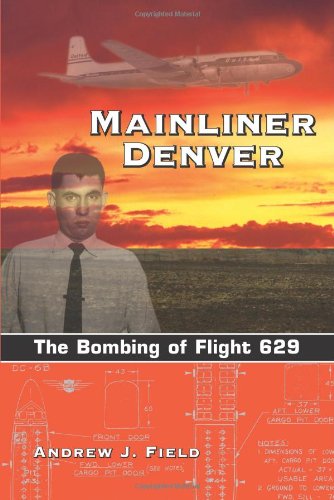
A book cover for Mainliner Denver: The Bombing of Flight 629; Andrew J. Field; Law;